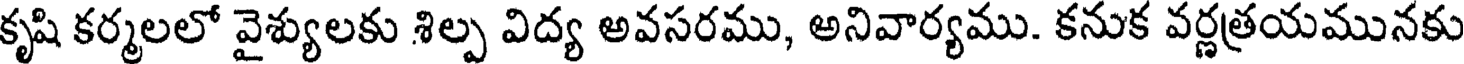
కృషి కర్మలలో వైశ్యులకు శిల్ప విద్య అవసరము, అనివార్యము. కనుక వర్ణత్రయమునకు